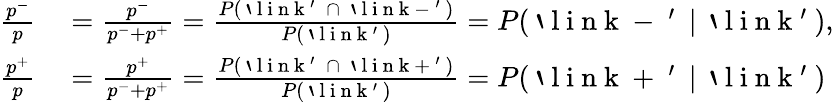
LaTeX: \begin{array}{rl}{\frac{p^{-}}{p}}&{{}=\frac{p^{-}}{p^{-}+p^{+}}=\frac{P(\mathrm{~`~l~i~n~k~'~}\: \cap\: \mathrm{~`~l~i~n~k~-~'~})}{P(\mathrm{~`~l~i~n~k~'~})}=P(\mathrm{~`~l~i~n~k~-~'~}\: |\: \mathrm{~`~l~i~n~k~'~}),}\\ {\frac{p^{+}}{p}}&{{}=\frac{p^{+}}{p^{-}+p^{+}}=\frac{P(\mathrm{~`~l~i~n~k~'~}\: \cap\: \mathrm{~`~l~i~n~k~+~'~})}{P(\mathrm{~`~l~i~n~k~'~})}=P(\mathrm{~`~l~i~n~k~+~'~}\: |\: \mathrm{~`~l~i~n~k~'~})}\end{array}